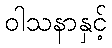
ဝါသနာနှင့်